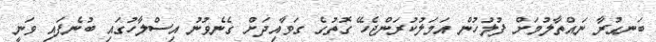
ބަނގުރާ ނައްތާލުމަށް ފުލުހުން އަމަލުކުރަންޖެހޭ ގޮތުގެ ގަވާއިދަށް ގެނެވުނު އިސްލާހުގައި ބުނެފައި ވަނީ